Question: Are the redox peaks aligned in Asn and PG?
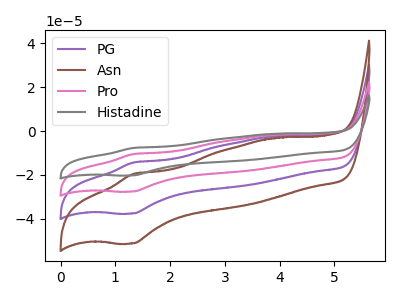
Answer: <think>The purple curve "PG" has an anodic peak at (1.35V, -14.35uA) and a cathodic peak at (1.30V, -37.70uA). The brown curve "Asn" has an anodic peak at (1.35V, -19.60uA) and a cathodic peak at (1.30V, -51.35uA). The pink curve "Pro" has an anodic peak at (1.35V, -28.75uA) and a cathodic peak at (1.30V, -75.35uA). The gray curve "Histadine" has an anodic peak at (1.35V, -43.10uA) and a cathodic peak at (1.30V, -113.05uA).</think>
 <answer>Yes, "Asn" have a peak in "PG" at the same potential.</answer>
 <eval>match</eval>